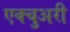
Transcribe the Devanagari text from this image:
एक्चुअरी